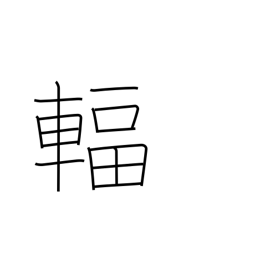
Meaning: spoke (wheel)